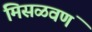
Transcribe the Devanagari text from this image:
मिसळवणं